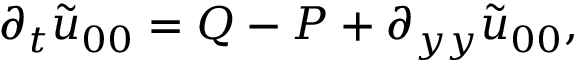
\partial _ { t } \widetilde { u } _ { 0 0 } = Q - { P } + \partial _ { y y } \widetilde { u } _ { 0 0 } ,